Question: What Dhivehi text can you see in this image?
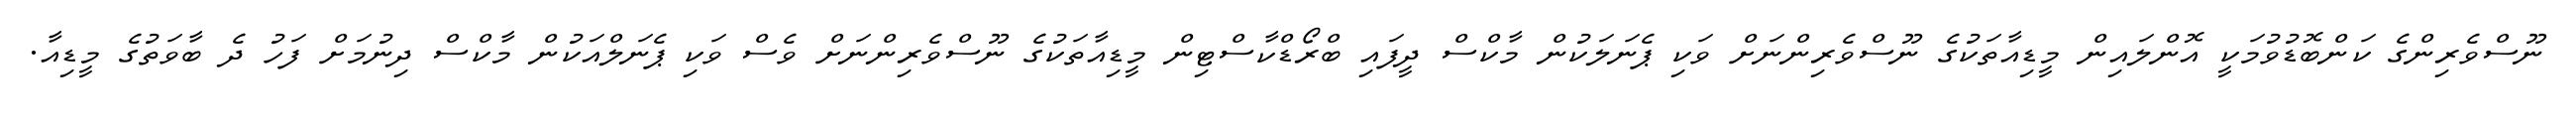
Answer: ނޫސްވެރިންގެ ކަންބޮޑުވުމަކީ އޮންލައިން މީޑިއާތަކުގެ ނޫސްވެރިންނަށް ވަކި ޕެނަލަކުން މާކްސް ދީފައި ބްރޯޑްކާސްޓިން މީޑިއާތަކުގެ ނޫސްވެރިންނަށް ވެސް ވަކި ޕެނަލްއަކުން މާކްސް ދިނުމަށް ފަހު ދެ ބާވަތުގެ މީޑިއާ.